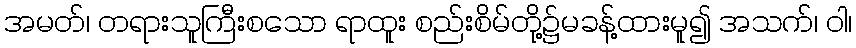
အမတ်၊ တရားသူကြီးစသော ရာထူး စည်းစိမ်တို့၌မခန့်ထားမူ၍ အသက်၊ ဝါ၊